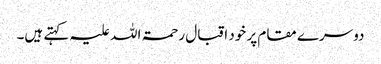
دوسرے مقام پر خود اقبال رحمۃ اللہ علیہ کہتے ہیں۔